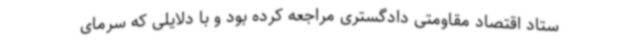
ستاد اقتصاد مقاومتی دادگستری مراجعه کرده بود و با دلایلی که سرمای